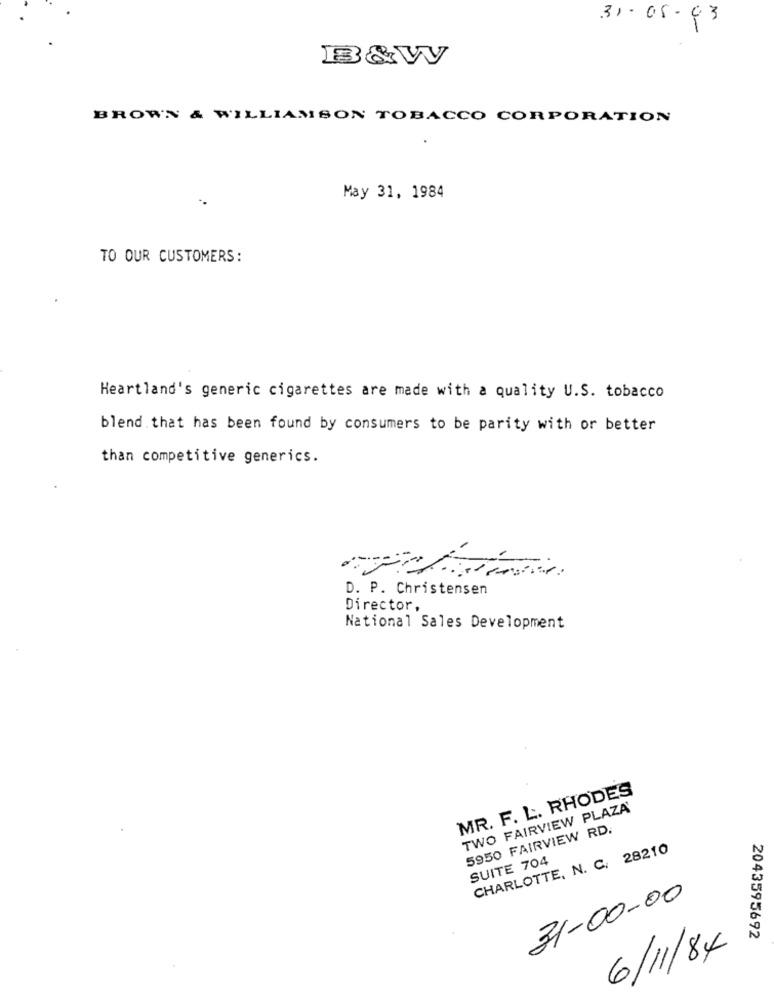
31.05.03
B&W
BROWN & WILLIAMSON TOBACCO CORPORATION
May 31, 1984
TO OUR CUSTOMERS:
Heartland's generic cigarettes are made with a quality U.S. tobacco
blend that has been found by consumers to be parity with or better
than competitive generics.
D. P. Christensen
Director,
National Sales Development
MR. F. L. RHODES
TWO FAIRVIEW PLAZA
5950 FAIRVIEW RD.
CHARLOTTE, N. C. 28210
SUITE 704
31-00-00
2043595692
6/11/84